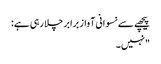
پیچھے سے نسوانی آواز برابر چلا رہی ہے:
"نہیں۔